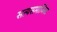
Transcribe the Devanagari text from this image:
सत्यसमाजिस्ट